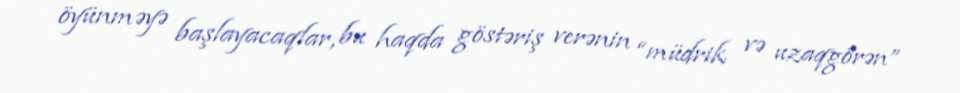
öyünməyə başlayacaqlar, bu haqda göstəriş verənin “müdrik və uzaqgörən”